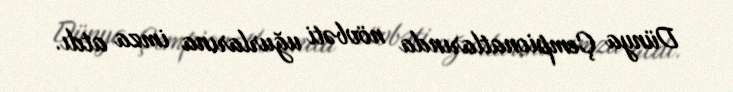
Dünya Çempionatlarında növbəti uğurlarına imza atdı.